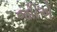
જોીએ